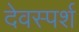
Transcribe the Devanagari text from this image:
देवस्पर्श